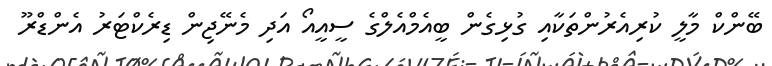
ބޭންކް މާލީ ކުރިއެރުންތަކާއި ގުޅިގެން ބީއެމްއެލްގެ ސީއީއޯ އަދި މެނޭޖިން ޑިރެކްޓަރު އެންޑްރޫ